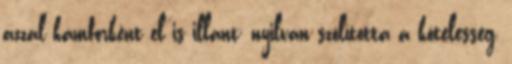
azzal kámforként el is illant; nyilván szólította a kötelesség,